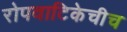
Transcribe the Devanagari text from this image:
रोपवाटिकेचीच